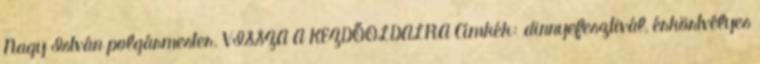
Nagy István polgármester. VISSZA A KEZDŐOLDALRA Címkék: dinnyefesztivál, érkörtvélyes